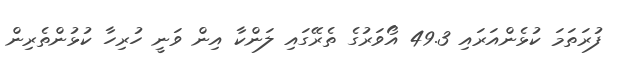
ފުރަތަމަ ކުޅެންއަރައި 49.3 އޯވަރުގެ ތެރޭގައި ލަންކާ އިން ވަނީ ހުރިހާ ކުޅުންތެރިން